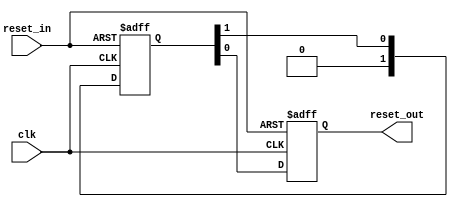
// (C) 2001-2015 Altera Corporation. All rights reserved.
// Your use of Altera Corporation's design tools, logic functions and other 
// software and tools, and its AMPP partner logic functions, and any output 
// files any of the foregoing (including device programming or simulation 
// files), and any associated documentation or information are expressly subject 
// to the terms and conditions of the Altera Program License Subscription 
// Agreement, Altera MegaCore Function License Agreement, or other applicable 
// license agreement, including, without limitation, that your use is for the 
// sole purpose of programming logic devices manufactured by Altera and sold by 
// Altera or its authorized distributors.  Please refer to the applicable 
// agreement for further details.


// (C) 2001-2010 Altera Corporation. All rights reserved.
// Your use of Altera Corporation's design tools, logic functions and other 
// software and tools, and its AMPP partner logic functions, and any output 
// files any of the foregoing (including device programming or simulation 
// files), and any associated documentation or information are expressly subject 
// to the terms and conditions of the Altera Program License Subscription 
// Agreement, Altera MegaCore Function License Agreement, or other applicable 
// license agreement, including, without limitation, that your use is for the 
// sole purpose of programming logic devices manufactured by Altera and sold by 
// Altera or its authorized distributors.  Please refer to the applicable 
// agreement for further details.

// $Id: //acds/main/ip/merlin/altera_reset_controller/altera_tse_reset_synchronizer.v#7 $
// $Revision: #7 $
// $Date: 2010/04/27 $
// $Author: jyeap $

// -----------------------------------------------
// Reset Synchronizer
// -----------------------------------------------
`timescale 1ns / 1ns

module altera_tse_reset_synchronizer
#(
    parameter ASYNC_RESET = 1,
    parameter DEPTH       = 2
)
(
    input   reset_in /* synthesis ALTERA_ATTRIBUTE = "SUPPRESS_DA_RULE_INTERNAL=\"R101,R105\"" */,

    input   clk,
    output  reset_out
);

    // -----------------------------------------------
    // Synchronizer register chain. We cannot reuse the
    // standard synchronizer in this implementation 
    // because our timing constraints are different.
    //
    // Instead of cutting the timing path to the d-input 
    // on the first flop we need to cut the aclr input.
    // 
    // We omit the "preserve" attribute on the final
    // output register, so that the synthesis tool can
    // duplicate it where needed.
    // -----------------------------------------------
    // Please check the false paths setting in TSE SDC
    
    (*preserve*) reg [DEPTH-1:0] altera_tse_reset_synchronizer_chain;
    reg altera_tse_reset_synchronizer_chain_out;

    generate if (ASYNC_RESET) begin

        // -----------------------------------------------
        // Assert asynchronously, deassert synchronously.
        // -----------------------------------------------
        always @(posedge clk or posedge reset_in) begin
            if (reset_in) begin
                altera_tse_reset_synchronizer_chain <= {DEPTH{1'b1}};
                altera_tse_reset_synchronizer_chain_out <= 1'b1;
            end
            else begin
                altera_tse_reset_synchronizer_chain[DEPTH-2:0] <= altera_tse_reset_synchronizer_chain[DEPTH-1:1];
                altera_tse_reset_synchronizer_chain[DEPTH-1] <= 0;
                altera_tse_reset_synchronizer_chain_out <= altera_tse_reset_synchronizer_chain[0];
            end
        end

        assign reset_out = altera_tse_reset_synchronizer_chain_out;
     
    end else begin

        // -----------------------------------------------
        // Assert synchronously, deassert synchronously.
        // -----------------------------------------------
        always @(posedge clk) begin
            altera_tse_reset_synchronizer_chain[DEPTH-2:0] <= altera_tse_reset_synchronizer_chain[DEPTH-1:1];
            altera_tse_reset_synchronizer_chain[DEPTH-1] <= reset_in;
            altera_tse_reset_synchronizer_chain_out <= altera_tse_reset_synchronizer_chain[0];
        end

        assign reset_out = altera_tse_reset_synchronizer_chain_out;
 
    end
    endgenerate

endmodule